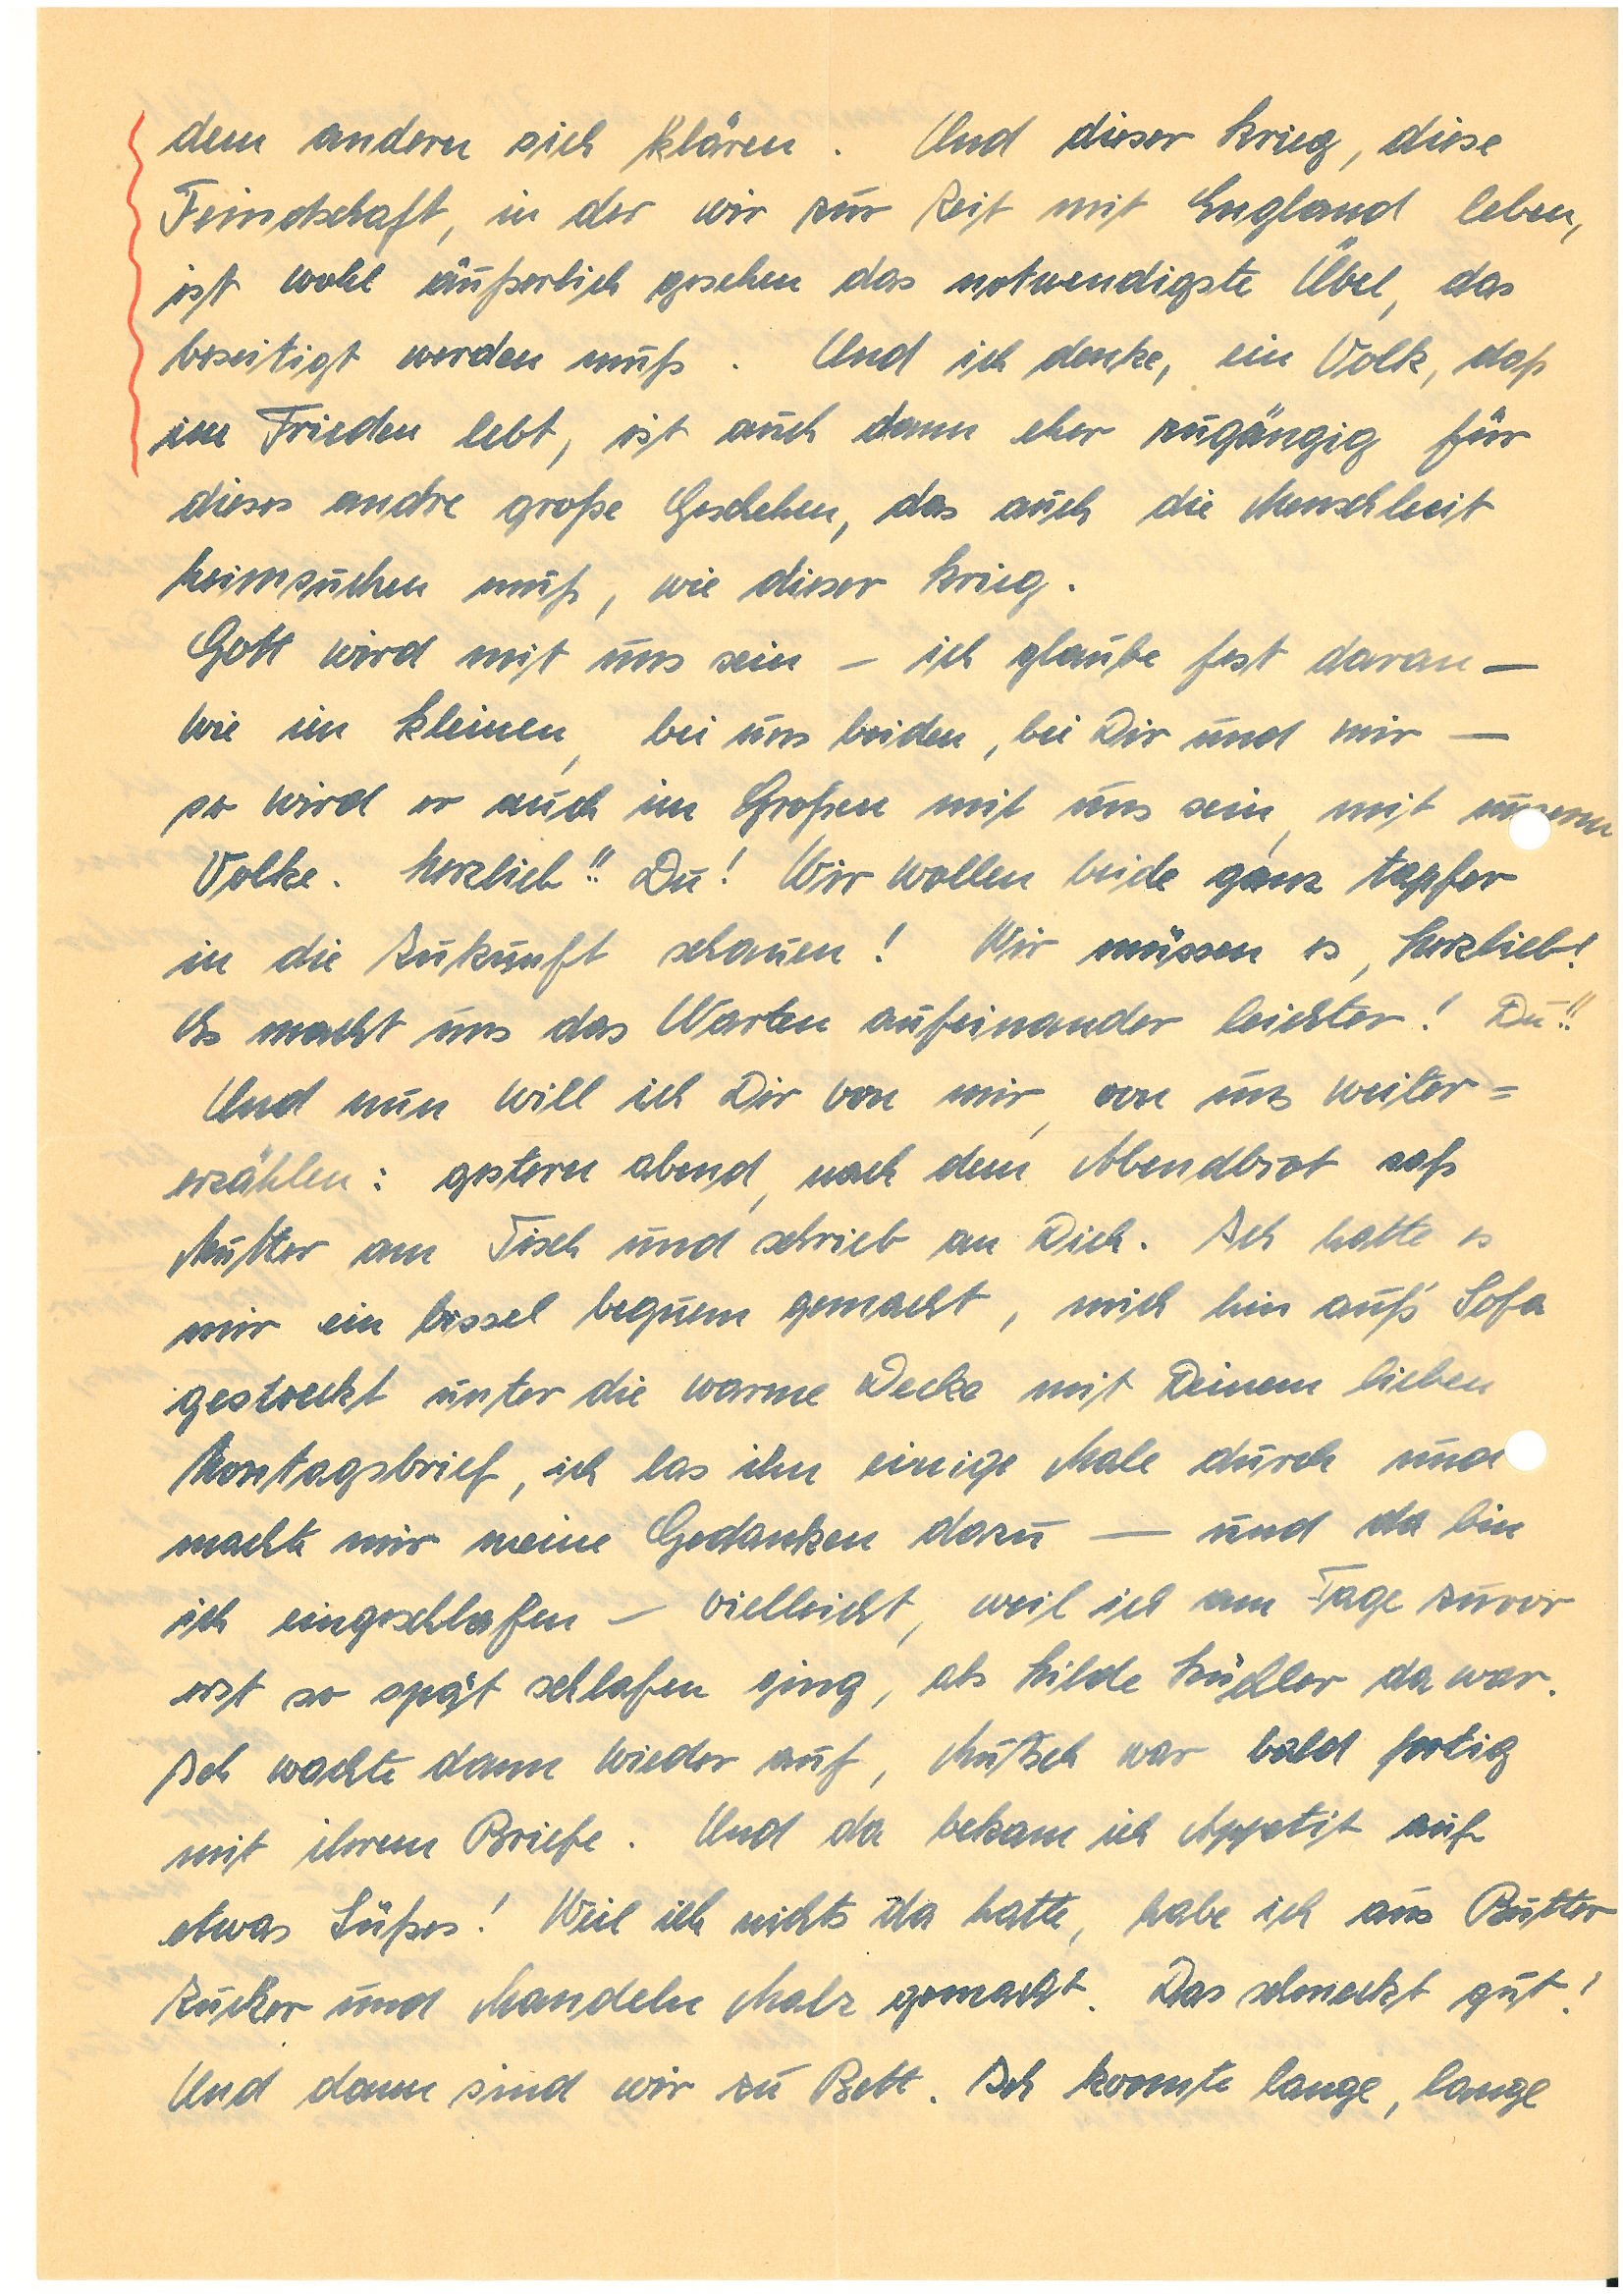
dem andern sich klären. Und dieser Krieg, diese
Femdschaft in der wir zur Zeit mit England leben,
ist wohl äußerlich gesehen das notwendigste Übel das
beseitigt werden muß. Und ich denke, ein Volk, daß
im Frieden lebt, ist auch dann eher zugängig für
dieses andre große Geschehen, das auch die Menschheit
heimsuchen muß, wie dieser Krieg.
Gott wird mit uns sein – ich glaube fest daran –
wie im kleinen, bei uns beiden, bei Dir und mir –
so wird er auch im Großen mit uns sein, mit unerm
Volke. Herzlieb!! Du! Wir wollen beide ganz tapfer
in die Zukunft schauen! Wir müssen es Herzlieb!
Es macht uns das Warten aufeinander leichter! Du!!
Und nun will ich Dir von mir von uns weiter¬
erzählen: gestern abend, nach dem Abendbrot saß
Mutter am Tisch und schrieb an Dich. Ich hatte es
mir ein bissel beguem gemacht, mich hin auf’s Sofa
gestreckt unter die warme Decke mit Deinem lieben
Kontagsbrief, ich las ihn einige Male durch und
machte mir meine Gedanken dazu – und da bin
ich eingeschlafen – vielleicht, weil ich am Tage zuvor
erst so spät schlafen ging, als Hilde K da war.
Ich wachte dann wieder auf, Mutsch war bald fertig
mit ihrem Briefe. Und da bekam ich Appetit auf
etwas Süßes! Weil ich nichts da hatte, habe ich aus Butt
Zucker und Mandeln Malz gemacht. Das schneckt gut!
Und dann sind wir zu Bett. Ich konnte lange, lange